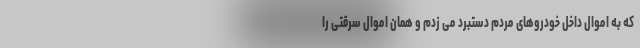
که به اموال داخل خودروهای مردم دستبرد می زدم و همان اموال سرقتی را